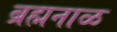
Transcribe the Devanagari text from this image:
ब्रह्मनाळ